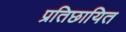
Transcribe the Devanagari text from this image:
प्रतिछायित